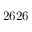
2 6 2 6